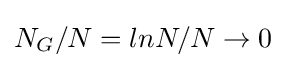
{N_{G}/N=lnN/N\rightarrow 0}